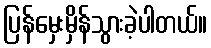
ပြန်မှေးမှိန်သွားခဲ့ပါတယ်။